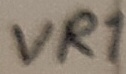
Text: VR1